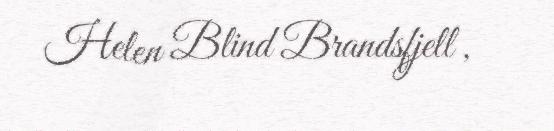
Helen Blind Brandsfjell ,